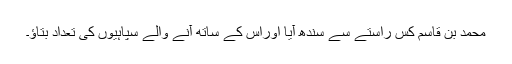
محمد بن قاسم کس راستے سے سندھ آیا اوراس کے ساتھ آنے والے سپاہیوں کی تعداد بتاؤ۔